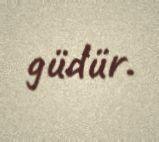
güdür.